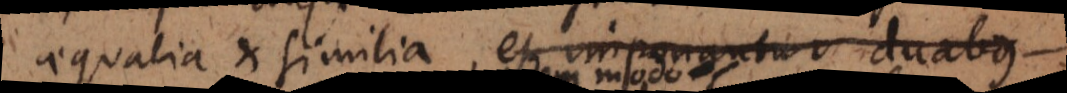
aequalia et similia, et imponantur duabus